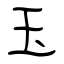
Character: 玉